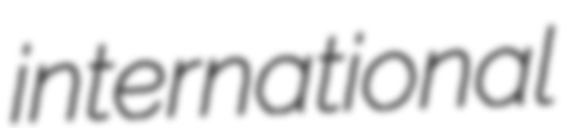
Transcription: international